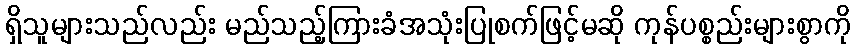
ရှိသူများသည်လည်း မည်သည့်ကြားခံအသုံးပြုစက်ဖြင့်မဆို ကုန်ပစ္စည်းများစွာကို